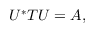
U ^ { * } T U = A ,